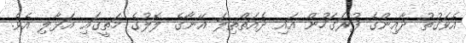
އެވަގުތު ދާއިންގެ ފުރަގަހުން އައި ދެއަތްތިލަ އޭނާގެ ލޮލުގެ މަތީގައި އަޅާލި އެވެ.